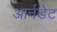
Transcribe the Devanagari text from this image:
आर्नडेट